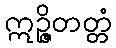
ဣဉ္ဇိတတ္တံ